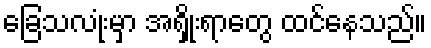
ခြေသလုံးမှာ အရှိုးရာတွေ ထင်နေသည်။